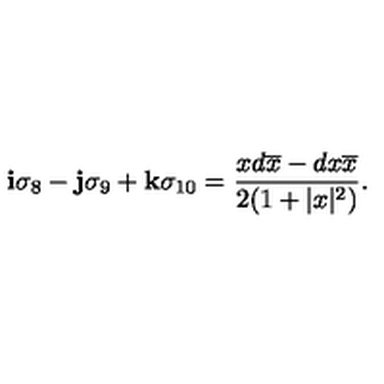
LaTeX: { \bf i } \sigma _ { 8 } - { \bf j } \sigma _ { 9 } + { \bf k } \sigma _ { 1 0 } = { \frac { x d \overline { { x } } - d { x } \overline { { x } } } { 2 ( 1 + | x | ^ { 2 } ) } } .